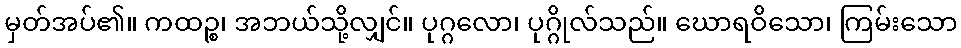
မှတ်အပ်၏။ ကထဉ္စ၊ အဘယ်သို့လျှင်။ ပုဂ္ဂလော၊ ပုဂ္ဂိုလ်သည်။ ဃောရဝိသော၊ ကြမ်းသော